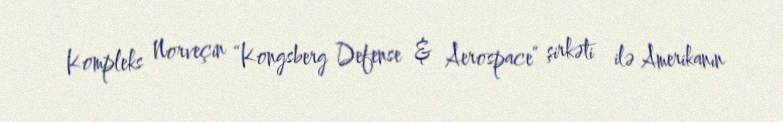
Kompleks Norveçin “Kongsberg Defense & Aerospace” şirkəti ilə Amerikanın